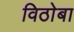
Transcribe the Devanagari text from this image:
विठाेबा